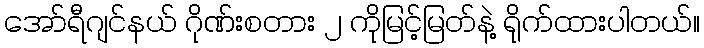
အော်ရီဂျင်နယ် ဂိုဏ်းစတား ၂ ကိုမြင့်မြတ်နဲ့ ရိုက်ထားပါတယ်။